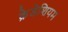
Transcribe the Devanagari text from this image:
क्रेडेशियम